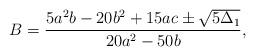
LaTeX: \begin{align*}B=\frac{5a^2b-20b^2+15a c\pm\sqrt{5\Delta_1}}{20a^2-50b},\end{align*}